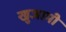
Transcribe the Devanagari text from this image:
खुजामी